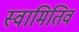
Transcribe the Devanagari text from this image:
स्वामितिव